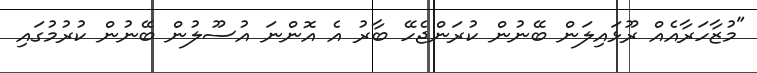
"މުޒާހަރާއެއް ރޫޅައިލަން ބޭނުން ކުރަންޖެހޭ ބާރު އެ އޮންނަ އުސޫލުން ބޭނުން ކުރުމުގައި